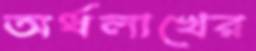
অর্ধলাখের